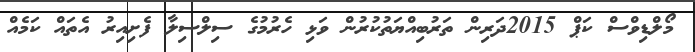
މޯލްޑިވްސް ކަޕް 2015ދަރިން ތަރުބިއްޔަތުކުރުން ވަޅި ހެރުމުގެ ސިލްސިލާ ފެށިއިރު އެތައް ކަމެއް